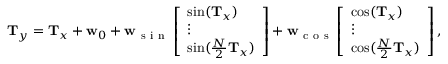
\begin{array} { r } { \mathbf { T } _ { \boldsymbol { y } } = \mathbf { T } _ { \boldsymbol { x } } + \mathbf { w } _ { 0 } + \mathbf { w } _ { \mathrm { ~ s ~ i ~ n ~ } } \left[ \begin{array} { l } { \sin ( \mathbf { T } _ { \boldsymbol { x } } ) } \\ { \vdots } \\ { \sin ( \frac { N } { 2 } \mathbf { T } _ { \boldsymbol { x } } ) } \end{array} \right] + \mathbf { w } _ { \mathrm { ~ c ~ o ~ s ~ } } \left[ \begin{array} { l } { \cos ( \mathbf { T } _ { \boldsymbol { x } } ) } \\ { \vdots } \\ { \cos ( \frac { N } { 2 } \mathbf { T } _ { \boldsymbol { x } } ) } \end{array} \right] , } \end{array}